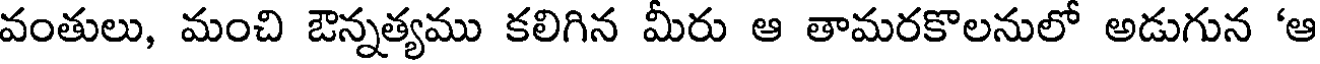
వంతులు, మంచి ఔన్నత్యము కలిగిన మీరు ఆ తామరకొలనులో అడుగున 'ఆ